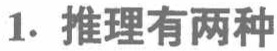
1. 推理有两种